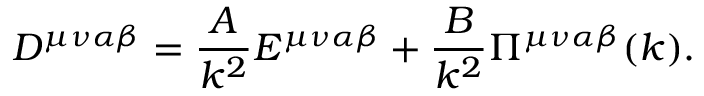
D ^ { \mu \nu \alpha \beta } = \frac { A } { k ^ { 2 } } E ^ { \mu \nu \alpha \beta } + \frac { B } { k ^ { 2 } } \Pi ^ { \mu \nu \alpha \beta } ( k ) .